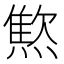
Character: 燞